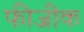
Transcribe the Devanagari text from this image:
फीजीक